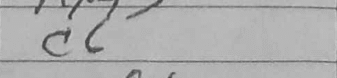
Transcription: c6